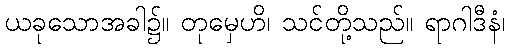
ယခုသောအခါ၌။ တုမှေဟိ၊ သင်တို့သည်။ ရာဂါဒီနံ၊